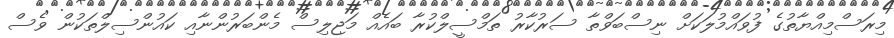
މިރަސްމިއްޔާތުގެ ފުވައްމުލަކަށް ނިސްބަވްތާ ސަރުކާރު ތަމްސީލްކުރާ ބައެއް މަޖިލިސް މެންބަރުންނާއި ކައުންސިލްތަކުން ވެސް